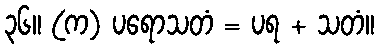
၃၆။ (က) ပရောသတံ = ပရ + သတံ။